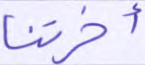
أخرتنا